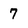
Character: 7